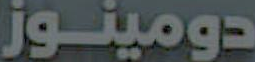
دومينوز